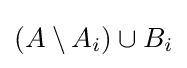
(A\setminus A_{i})\cup B_{i}